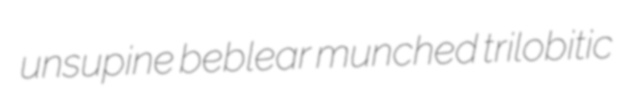
unsupine beblear munched trilobitic